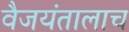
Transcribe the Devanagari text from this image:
वैजयंतालाच